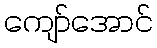
ကျော်အောင်